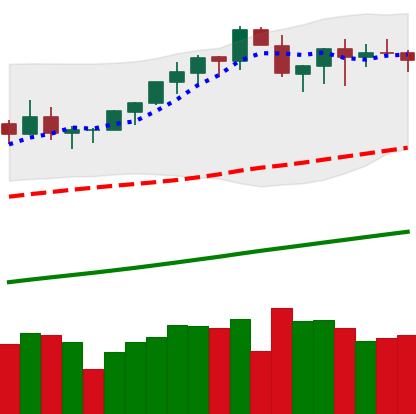
Ticker: BTC-USD
Chart end date: 2021-03-21
Forward return: -4.148%
Label: down_3_5